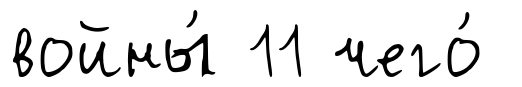
войны́ 11 чего́